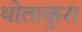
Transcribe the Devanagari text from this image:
थोताकुरा